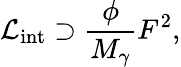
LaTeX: {\cal L}_{\mathrm{int}}\supset\frac{\phi}{M_{\gamma}}F^{2},